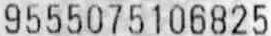
9555075106825